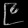
Digit: ၉